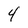
Character: 4